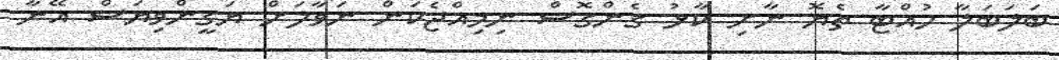
ބަލަބަލާ ހުއްޓާ ތެޔޮ ނާށި ކާޅު ގެންގޮސް ނިމިއްޖެކަން ނަވާލަށް ޔަގީންވިޔަސް އޭނާ